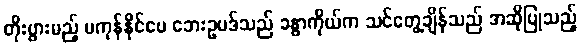
တိုးပွားမည့် မကုန်နိုင်ပေ ဘေးဥပဒ်သည် ခန္ဓာကိုယ်က သင်တွေ့ချိန်သည် အဆိုပြုသည့်